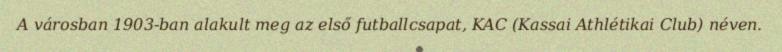
A városban 1903-ban alakult meg az első futballcsapat, KAC (Kassai Athlétikai Club) néven.